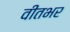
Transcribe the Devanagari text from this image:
वीतभर